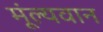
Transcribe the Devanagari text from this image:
मूंल्‍यवान